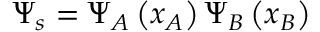
\Psi _ { s } = \Psi _ { A } \left( x _ { A } \right) \Psi _ { B } \left( x _ { B } \right)